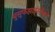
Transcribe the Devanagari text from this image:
युसूफझाईसोबत